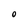
Character: o